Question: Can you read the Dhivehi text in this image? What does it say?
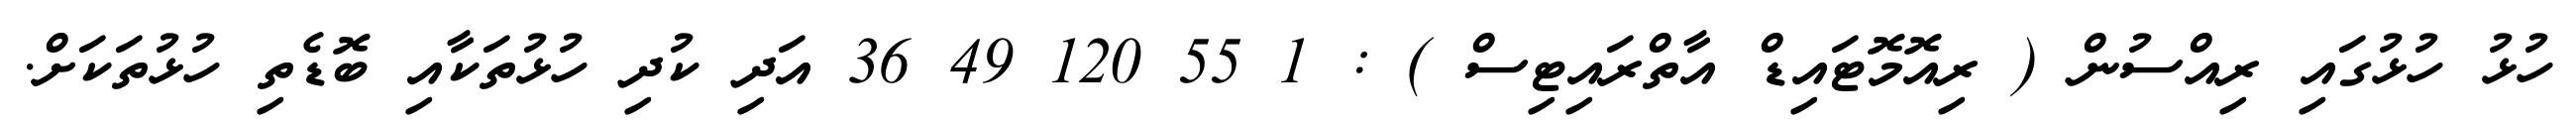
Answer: ހުޅު ހުޅުގައި ރިއްސުން ( ރިއޮމޮޓައިޑް އާތްރައިޓިސް ) : 1 55 120 49 36 އަދި ކުދި ހުޅުތަކާއި ބޮޑެތި ހުޅުތަކަށް.